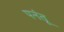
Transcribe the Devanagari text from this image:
पनंतू